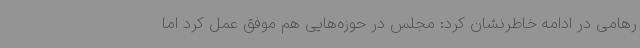
رهامی در ادامه خاطرنشان کرد: مجلس در حوزه‌هایی هم موفق عمل کرد اما